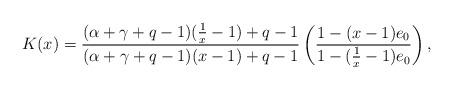
LaTeX: \begin{align*} K(x) = \frac{(\alpha + \gamma + q - 1)(\frac{1}{x} - 1) + q - 1}{(\alpha + \gamma + q - 1)(x - 1) + q - 1} \left(\frac{1 - (x - 1)e_0}{1 - (\frac{1}{x} - 1) e_0}\right),\end{align*}